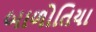
બાળોતિયા